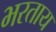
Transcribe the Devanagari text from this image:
भरताय